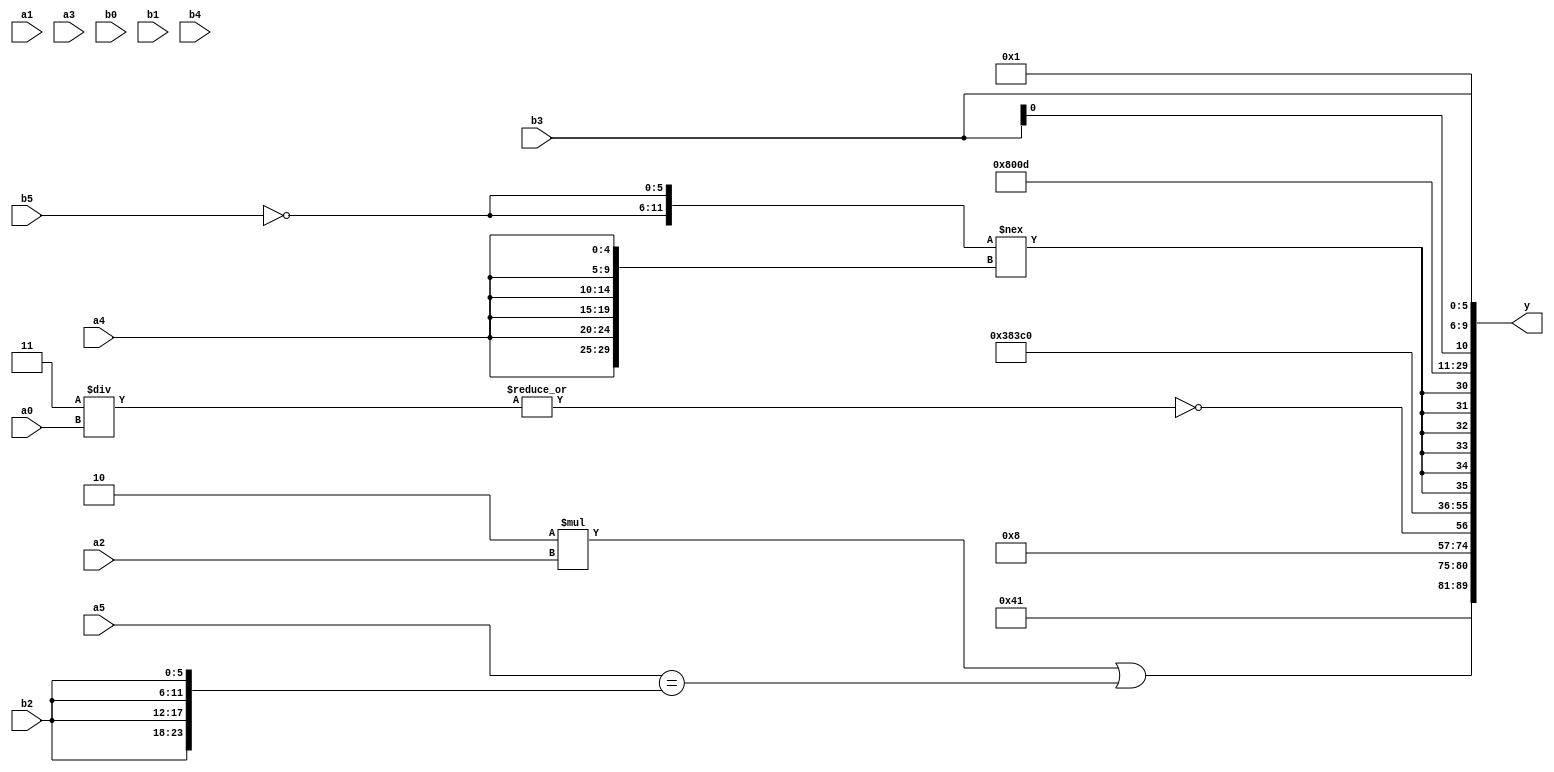
module expression_00931(a0, a1, a2, a3, a4, a5, b0, b1, b2, b3, b4, b5, y);
  input [3:0] a0;
  input [4:0] a1;
  input [5:0] a2;
  input signed [3:0] a3;
  input signed [4:0] a4;
  input signed [5:0] a5;

  input [3:0] b0;
  input [4:0] b1;
  input [5:0] b2;
  input signed [3:0] b3;
  input signed [4:0] b4;
  input signed [5:0] b5;

  wire [3:0] y0;
  wire [4:0] y1;
  wire [5:0] y2;
  wire signed [3:0] y3;
  wire signed [4:0] y4;
  wire signed [5:0] y5;
  wire [3:0] y6;
  wire [4:0] y7;
  wire [5:0] y8;
  wire signed [3:0] y9;
  wire signed [4:0] y10;
  wire signed [5:0] y11;
  wire [3:0] y12;
  wire [4:0] y13;
  wire [5:0] y14;
  wire signed [3:0] y15;
  wire signed [4:0] y16;
  wire signed [5:0] y17;

  output [89:0] y;
  assign y = {y0,y1,y2,y3,y4,y5,y6,y7,y8,y9,y10,y11,y12,y13,y14,y15,y16,y17};

  localparam [3:0] p0 = (((-2'sd1)>>>(-2'sd1))?((4'd2)?(2'sd0):(2'd1)):{1{(5'd30)}});
  localparam [4:0] p1 = {2{(((4'd11)>>>(5'sd5))>((-5'sd3)<<(3'd4)))}};
  localparam [5:0] p2 = ((-(((4'd6)^(5'd3))||(^(-(-4'sd6)))))>(|(((-3'sd3)?(4'd10):(3'd1))!=((4'sd4)&(3'd4)))));
  localparam signed [3:0] p3 = {1{{1{(&(((2'sd0)^(5'sd15))||{4{(5'd31)}}))}}}};
  localparam signed [4:0] p4 = {((-3'sd2)?(4'd9):(2'd3)),((2'sd1)?(-3'sd0):(5'sd13)),(|(-5'sd13))};
  localparam signed [5:0] p5 = (~(3'd0));
  localparam [3:0] p6 = (!((!(((5'd16)&&(5'd27))<=((-3'sd3)?(5'sd7):(5'd25))))+({(2'sd1),(2'd0),(4'sd4)}^~{(-3'sd3),(2'd3),(5'd7)})));
  localparam [4:0] p7 = (5'd2 * {2{(4'd14)}});
  localparam [5:0] p8 = ((^{4{(4'sd4)}})>(((2'd0)!==(3'd5))<<<((-4'sd3)^~(2'd1))));
  localparam signed [3:0] p9 = ((^(-((-2'sd0)?(-2'sd0):(-4'sd1))))?(^((~^(2'd3))^{4{(3'sd1)}})):((+(2'sd1))&&((2'd0)?(5'd9):(2'd2))));
  localparam signed [4:0] p10 = ((4'd13)>(-3'sd0));
  localparam signed [5:0] p11 = ((-5'sd15)>>(((3'd0)<<(5'sd9))&&{2{(5'd5)}}));
  localparam [3:0] p12 = ((~|((^(5'd5))<<<((3'd5)||(5'sd12))))?((+(2'sd0))?(^(3'sd3)):((-5'sd6)!==(-2'sd0))):(((3'd6)^(-2'sd1))>>{1{(5'd24)}}));
  localparam [4:0] p13 = {3{{3{(3'd7)}}}};
  localparam [5:0] p14 = ((4'd3)?(4'd1):(2'd3));
  localparam signed [3:0] p15 = ({4{(2'sd0)}}?{3{(2'd3)}}:((4'sd7)?(-3'sd2):(3'sd2)));
  localparam signed [4:0] p16 = ({(6'd2 * (5'd17))}&&(|((4'd15)|(4'd5))));
  localparam signed [5:0] p17 = ((&(4'd7))>>>({3{(2'd2)}}!=((4'sd0)<<(5'd18))));

  assign y0 = (3'sd2);
  assign y1 = (2'd1);
  assign y2 = (((4'd2 * a2)<<($signed(p17)))|({1{$signed(a5)}}=={4{b2}}));
  assign y3 = (~|{4{p14}});
  assign y4 = (5'sd0);
  assign y5 = ((2'd1)>=($unsigned($unsigned($signed(p9)))));
  assign y6 = (!(|((2'd3)/a0)));
  assign y7 = {4{(5'd7)}};
  assign y8 = $signed((2'd1));
  assign y9 = (~($signed(p17)?(p16?p12:p15):(~&p7)));
  assign y10 = (((p12?p3:p6)<$signed(p16))>>(((p11<<p6)>=(p2>=p9))));
  assign y11 = $signed(({2{{1{(~b5)}}}}!==$unsigned({3{{2{a4}}}})));
  assign y12 = (~&((((5'd2 * (~^(~^a2)))))|$signed(((p4!=p17)^((~|b1))))));
  assign y13 = {3{p6}};
  assign y14 = (^{3{$unsigned($signed(p8))}});
  assign y15 = (5'sd13);
  assign y16 = {b3,b3};
  assign y17 = (4'sd1);
endmodule